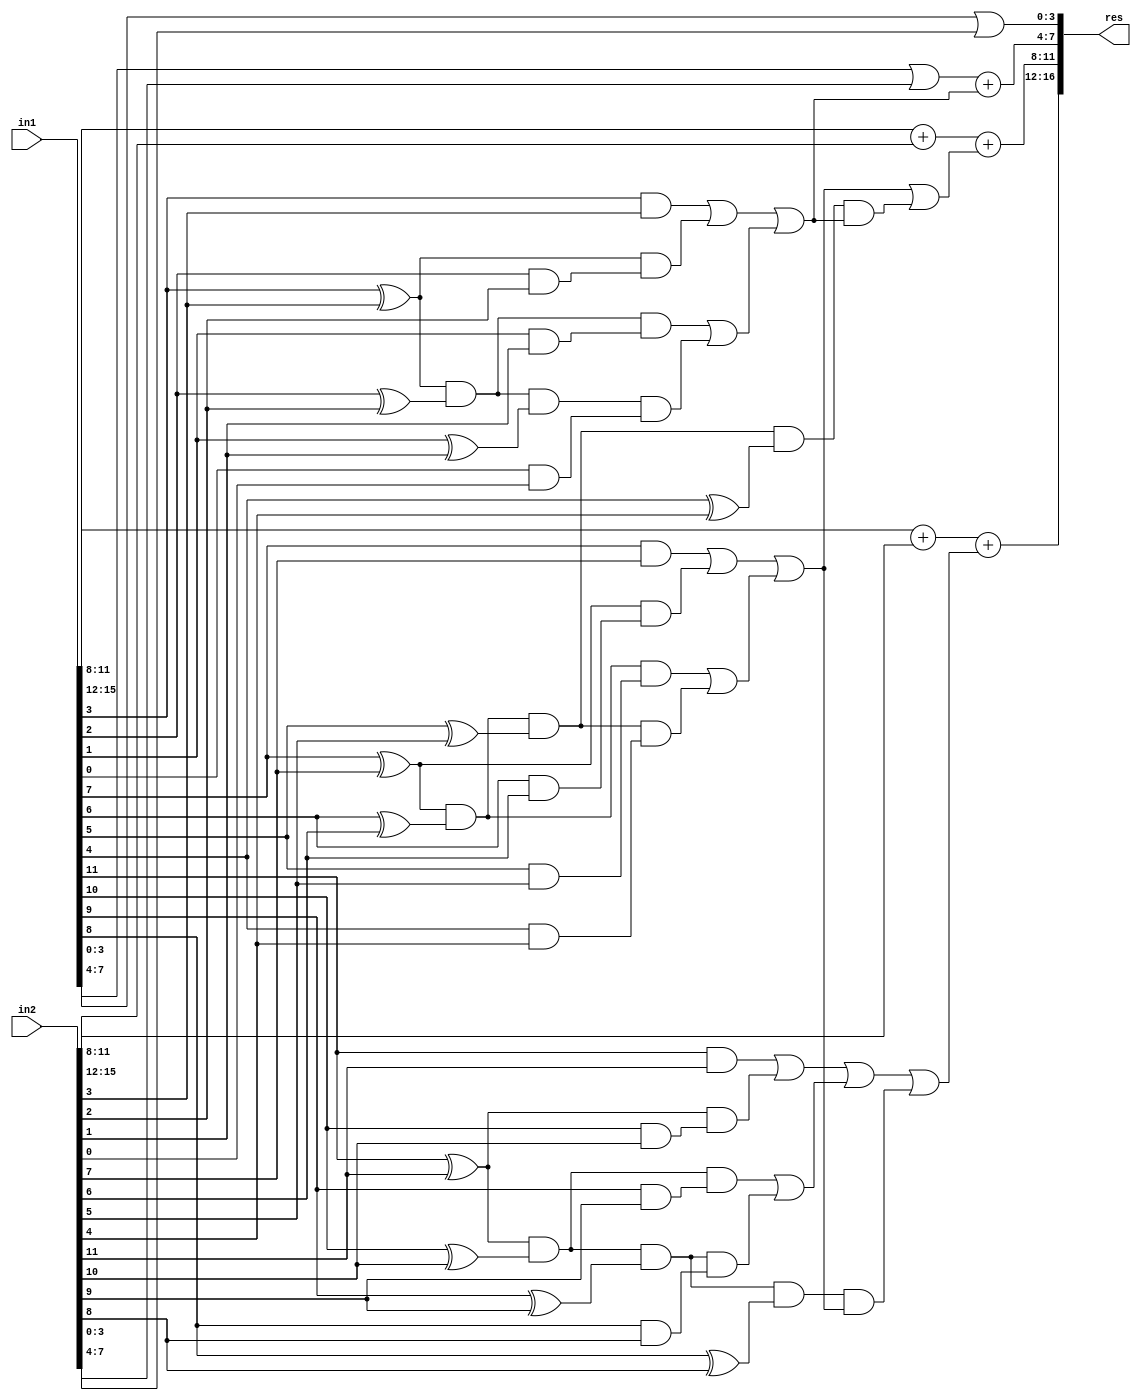
`timescale 1ns / 1ps
//////////////////////////////////////////////////////////////////////////////////
// Company: 
// Engineer: 
// 
// Create Date:   
// Design Name: 
// Module Name:    GDA_St_N16_M4_P8 
// Project Name: 
// Target Devices: 
// Tool versions: 
// Description: 
//
// Dependencies: 
//
// Revision: 
// Revision 0.01 - File Created
// Additional Comments: 
//
//////////////////////////////////////////////////////////////////////////////////
module LOAGDA_St_N16_M4_P8(
    input  [15:0] in1,
    input  [15:0] in2,
    output [16:0] res
    );

wire [4:0] 	temp1, temp2, temp3, temp4;
wire 		carry_pred_1,carry_pred_2;

//C4
wire 			g0,g1,g2,g3,p0,p1,p2,p3;
wire			p3g2,p3p2,p3p2g1,p3p2p1,p3p2p1g0;
wire 			res_or_1, res_or_2;
wire 			c4;

and and_3(g3,in1[3],in2[3]);
and and_2(g2,in1[2],in2[2]);
and and_1(g1,in1[1],in2[1]);
and and_0(g0,in1[0],in2[0]);

xor xor_3(p3,in1[3],in2[3]);
xor xor_2(p2,in1[2],in2[2]);
xor xor_1(p1,in1[1],in2[1]);
xor xor_0(p0,in1[0],in2[0]);

and and_4(p3g2,p3,g2);
and and_5(p3p2,p3,p2);
and and_6(p3p2g1,p3p2,g1);
and and_7(p3p2p1,p3p2,p1);
and and_8(p3p2p1g0,p3p2p1,g0);

or or_3(res_or_1,g3,p3g2);
or or_2(res_or_2,p3p2g1,p3p2p1g0);
or or_1(c4,res_or_1,res_or_2);

//C8
wire 			g4,g5,g6,g7,p4,p5,p6,p7;
wire			p7g6,p7p6,p7p6g5,p7p6p5,p7p6p5g4,p7p6p5p4,p7p6p5p4c4;
wire 			res_or_3, res_or_4;
wire 			c8;

and and_9 (g7,in1[7],in2[7]);
and and_10(g6,in1[6],in2[6]);
and and_11(g5,in1[5],in2[5]);
and and_12(g4,in1[4],in2[4]);

xor xor_7(p7,in1[7],in2[7]);
xor xor_6(p6,in1[6],in2[6]);
xor xor_5(p5,in1[5],in2[5]);
xor xor_4(p4,in1[4],in2[4]);

and and_13(p7g6,p7,g6);
and and_14(p7p6,p7,p6);
and and_15(p7p6g5,p7p6,g5);
and and_16(p7p6p5,p7p6,p5);
and and_17(p7p6p5g4,p7p6p5,g4);

or or_6(res_or_3,g7,p7g6);
or or_5(res_or_4,p7p6g5,p7p6p5g4);
or or_4(c8,res_or_3,res_or_4);

and and_27(p7p6p5p4,p7p6p5,p4);
and and_28(p7p6p5p4c4,p7p6p5p4,c4);

//C12
wire 			g8,g9,g10,g11,p8,p9,p10,p11;
wire			p11g10,p11p10,p11p10g9,p11p10p9,p11p10p9g8,p11p10p9p8c8;
wire 			res_or_5, res_or_6;
wire 			c12;

and and_18(g11,in1[11],in2[11]);
and and_19(g10,in1[10],in2[10]);
and and_20(g9,in1[9],in2[9]);
and and_21(g8,in1[8],in2[8]);

xor xor_11(p11,in1[11],in2[11]);
xor xor_10(p10,in1[10],in2[10]);
xor xor_9(p9,in1[9],in2[9]);
xor xor_8(p8,in1[8],in2[8]);

and and_22(p11g10,p11,g10);
and and_23(p11p10,p11,p10);
and and_24(p11p10g9,p11p10,g9);
and and_25(p11p10p9,p11p10,p9);
and and_26(p11p10p9g8,p11p10p9,g8);

or or_9(res_or_5,g11,p11g10);
or or_8(res_or_6,p11p10g9,p11p10p9g8);
or or_7(c12,res_or_5,res_or_6);

and and_29(p11p10p9p8,p11p10p9,p8);
and and_30(p11p10p9p8c8,p11p10p9p8,c8);						


// Results
or or_10(carry_pred_1,c8,p7p6p5p4c4);
or or_11(carry_pred_2,c12,p11p10p9p8c8);

assign temp1[4:0] = (in1[ 3: 0] | in2[ 3: 0]);
assign temp2[4:0] = (in1[ 7: 4] | in2[ 7: 4]) + c4;
assign temp3[4:0] = (in1[11: 8] + in2[11: 8]) + carry_pred_1;
assign temp4[4:0] = in1[15:12] + in2[15:12] + carry_pred_2;
assign res[16:0] = {temp4[4:0],temp3[3:0],temp2[3:0],temp1[3:0]};

endmodule